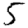
Digit: 5